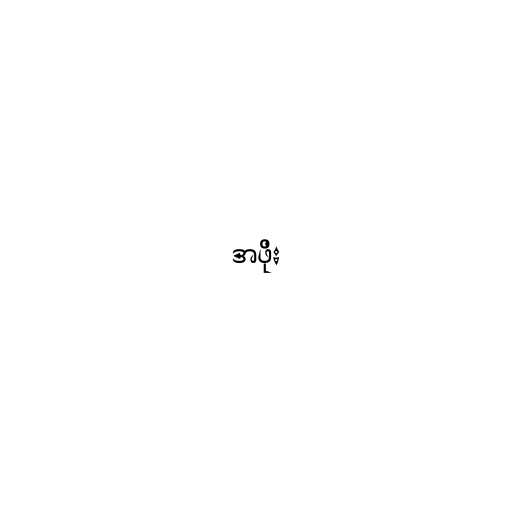
အဖိုး